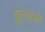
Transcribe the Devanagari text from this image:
वूल्व्ह्स